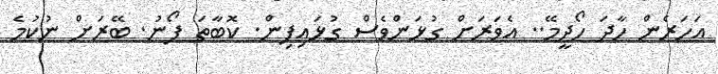
އަހަރެން ހާދަ ހޯދީމޭ.. އެވަރަށް ގުޅަންވެސް ގުޅައިފިން. ކޮބާތަ ފޯނު. ބޭރަށް ނުކުމެ